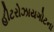
હીટરોઝાયગોટના